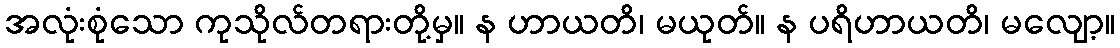
အလုံးစုံသော ကုသိုလ်တရားတို့မှ။ န ဟာယတိ၊ မယုတ်။ န ပရိဟာယတိ၊ မလျော့။